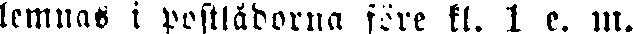
lemnas i postlådorna före kl. 1 e. m.